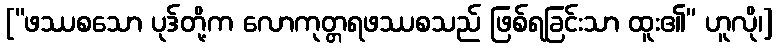
[“ဖဿစသော ပုဒ်တို့က လောကုတ္တရဖဿစသည် ဖြစ်ရခြင်းသာ ထူး၏” ဟူလို၊]